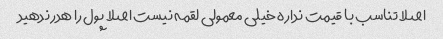
اصلا تناسب با قیمت نداره خیلی معمولی لقمه نیست اصلا پول را هدر ندهید